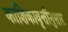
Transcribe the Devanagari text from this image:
काशिकावृत्तीनुसार